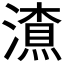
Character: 𱩃